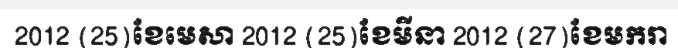
2012 (25)ខែមេសា 2012 (25)ខែមីនា 2012 (27)ខែមករា